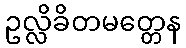
ဥလ္လိခိတမတ္တေန